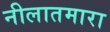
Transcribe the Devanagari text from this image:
नीलातमारा